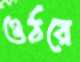
ওঠরে